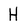
Character: H